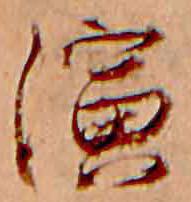
演